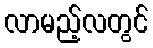
လာမည့်လတွင်